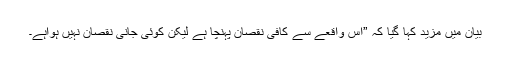
بیان میں مزید کہا گیا کہ ”اس واقعے سے کافی نقصان پہنچا ہے لیکن کوئی جانی نقصان نہیں ہواہے۔